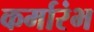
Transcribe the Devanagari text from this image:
कर्मारंभ